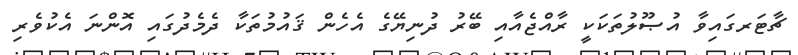
ޗާޓަރގައިވާ އުޞޫލުތަކަކީ ރާއްޖެއާއި ބޭރު ދުނިޔޭގެ އެހެން ޤައުމުތަކާ ދެމެދުގައި އޮންނަ އެކުވެރި